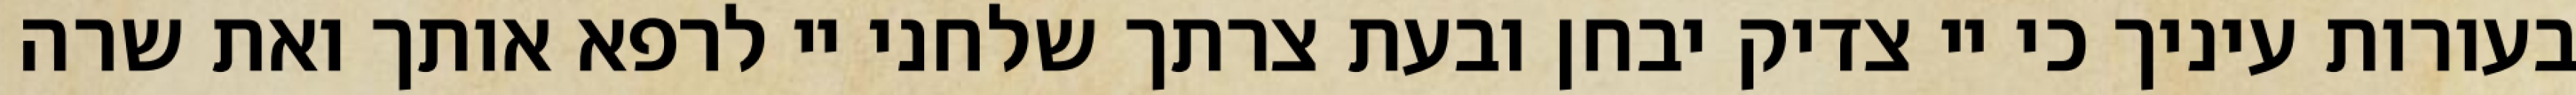
בעורות עיניך כי יי צדיק יבחן ובעת צרתך שלחני יי לרפא אותך ואת שרה